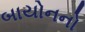
બાયોનનો